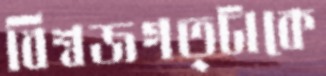
বিশ্বজগত্টাকে